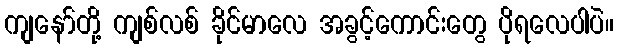
ကျနော်တို့ ကျစ်လစ် ခိုင်မာလေ အခွင့်ကောင်းတွေ ပိုရလေပါပဲ။